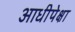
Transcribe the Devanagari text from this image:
आधीपेक्षा